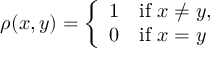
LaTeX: \rho ( x , y ) = \left\{ { \begin{array} { l l } { 1 } & { { \mathrm { i f } } \ x \neq y , } \\ { 0 } & { { \mathrm { i f } } \ x = y } \end{array} } \right.